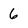
Character: 6